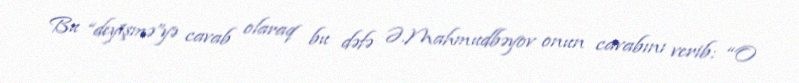
Bu “deyişmə”yə cavab olaraq bu dəfə Ə.Mahmudbəyov onun cavabını verib: “O